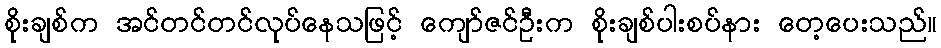
စိုးချစ်က အင်တင်တင်လုပ်နေသဖြင့် ကျော်ဇင်ဦးက စိုးချစ်ပါးစပ်နား တေ့ပေးသည်။